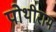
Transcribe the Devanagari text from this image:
पोथीराम